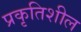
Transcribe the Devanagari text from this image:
प्रकृतिशील